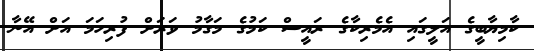
ކާމިޔާބީގެ އަލީގައި އެމެރިކާގެ ރައީސް ކަމުގެ މަގާމު ވަރަށް ފުރިހަަމަ އަށް އޭނާ